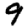
Digit: 9